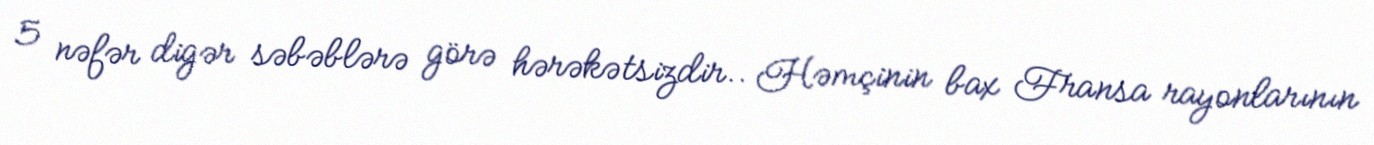
5 nəfər digər səbəblərə görə hərəkətsizdir.. Həmçinin bax Fransa rayonlarının